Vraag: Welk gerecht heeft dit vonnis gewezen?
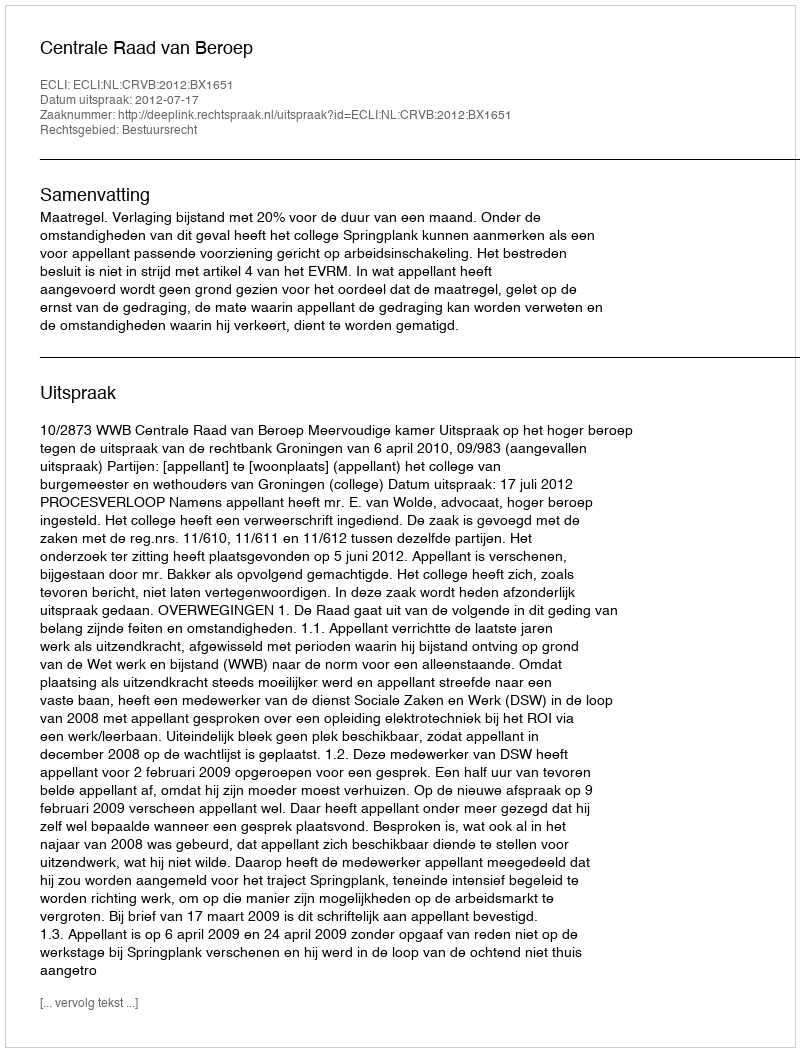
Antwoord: Centrale Raad van Beroep